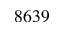
8 6 3 9